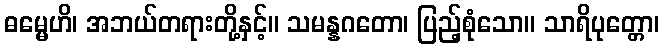
ဓမ္မေဟိ၊ အဘယ်တရားတို့နှင့်။ သမန္နဂတော၊ ပြည့်စုံသော။ သာရိပုတ္တော၊